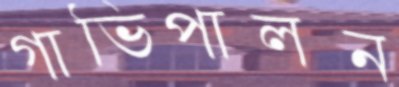
গাভিপালন